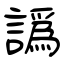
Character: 譌